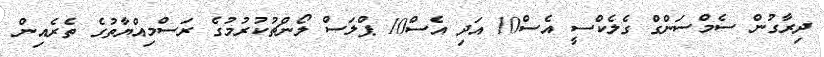
ދިރާގުން ސެމްސަންގް ގެލެކްސީ އެސް10 އަދި އެސް10 ޕްލަސް ލޯންޗުކުރުމުގެ ރަސްމިއްޔާތުގެ ތެރެއިން